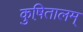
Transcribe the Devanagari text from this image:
कुष़ितालम्